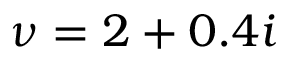
\nu = 2 + 0 . 4 i